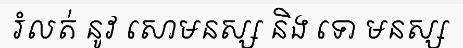
រំលត់ នូវ សោមនស្ស និង ទោ មនស្ស